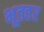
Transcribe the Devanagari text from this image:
भूतहर